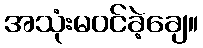
အသုံးမဝင်ခဲ့ချေ။